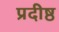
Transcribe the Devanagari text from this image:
प्रदीष्ठ